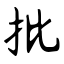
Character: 批